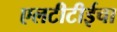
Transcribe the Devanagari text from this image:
एलटीटीईचा